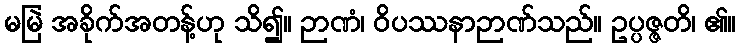
မမြဲ အခိုက်အတန့်ဟု သိ၍။ ဉာဏံ၊ ဝိပဿနာဉာဏ်သည်။ ဥပ္ပဇ္ဇတိ၊ ၏။